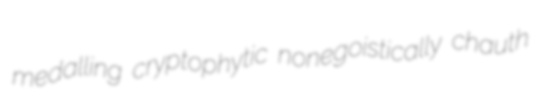
medalling cryptophytic nonegoistically chauth